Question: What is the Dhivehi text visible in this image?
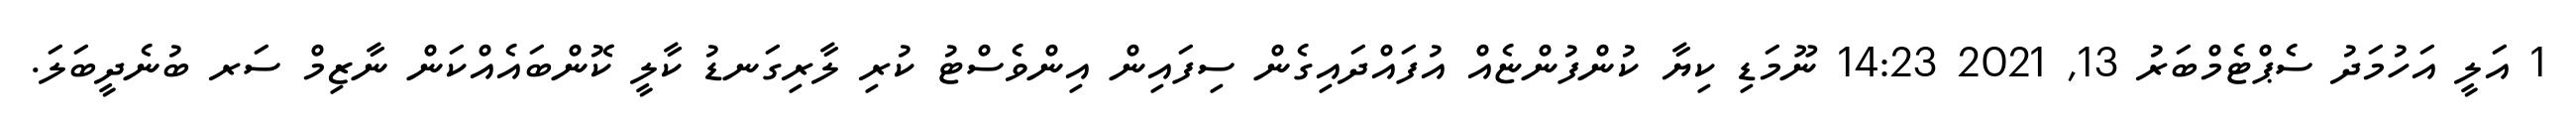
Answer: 1 އަލީ އަހުމަދު ސެޕްޓެމްބަރު 13, 2021 14:23 ނޫމަޑި ކިޔާ ކުންފުންޏެއް އުފައްދައިގެން ސިފައިން އިންވެސްޓު ކުރި ލާރިގަނޑު ކާލީ ކޮންބައެއްކަން ނާޒިމް ސަރ ބުނެދީބަލަ.